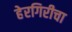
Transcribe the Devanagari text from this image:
हेरगिरीचा